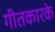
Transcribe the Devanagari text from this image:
गीतकारके